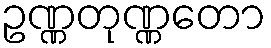
ဥဏ္ဏတုဏ္ဏတော